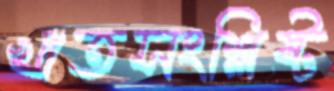
খাতসংশ্লিষ্ট